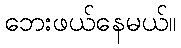
ဘေးဖယ်နေမယ်။